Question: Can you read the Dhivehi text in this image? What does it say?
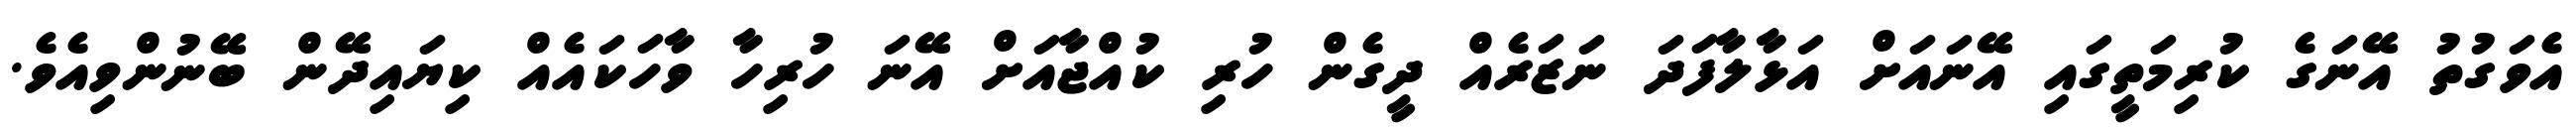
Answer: އެވަގުތު އޭނަގެ ކުރިމަތީގައި އޭނައަށް އަޅާލާފަދަ ނަޒަރެއް ދީގެން ހުރި ކުއްޖާއަށް އޭނަ ހުރިހާ ވާހަކައެއް ކިޔައިދޭން ބޭނުންވިއެވެ.